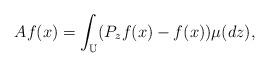
LaTeX: \begin{align*}Af(x)=\int_{{\Bbb U}}(P_zf(x)-f(x))\mu (dz),\end{align*}